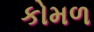
કોમળ